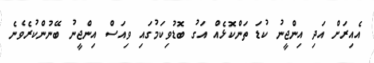
އެއިރަށް އަދި އިންޖީނު ކުޑަ ތަންކޮޅެއް އަގު ބޮޑުވިކަމުގައި ވިއަސް އިންޖީނު ބޭނުންކުރެވެނެ